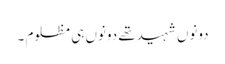
دونوں شہید تھے دونوں ہی مظلوم ۔